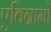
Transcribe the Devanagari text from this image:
एविग्रामों